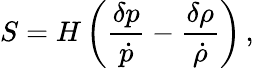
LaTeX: S=H\left({\frac{\delta p}{\dot{p}}}-{\frac{\delta\rho}{\dot{\rho}}}\right)\, ,